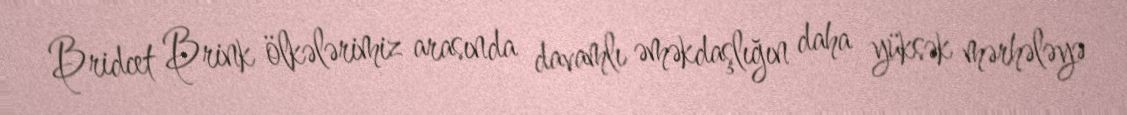
Bridcet Brink ölkələrimiz arasında davamlı əməkdaşlığın daha yüksək mərhələyə